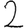
Digit: 2